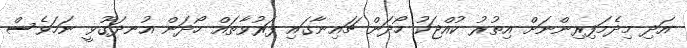
އަދި މިދެމަފިރިންނަށް އިތުރު ކުއްޖަކު ހޯދަން ޗައިނާގައި ފަރުވާތައް ހޯދަން އުނދަގޫވީ ނަމަވެސް